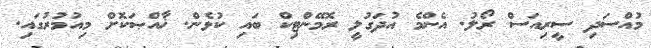
މުއްސަދި ސީރިއަސް ރޯލު. އެންމެ އުދަގުލީ ރޮމޭންޓިކް ބައި ކުޅެން. ޚާއްޞަކޮށް މިއުމުރުގައި.